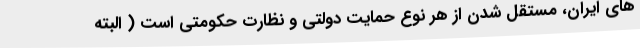
های ایران، مستقل شدن از هر نوع حمایت دولتی و نظارت حکومتی است ( البته